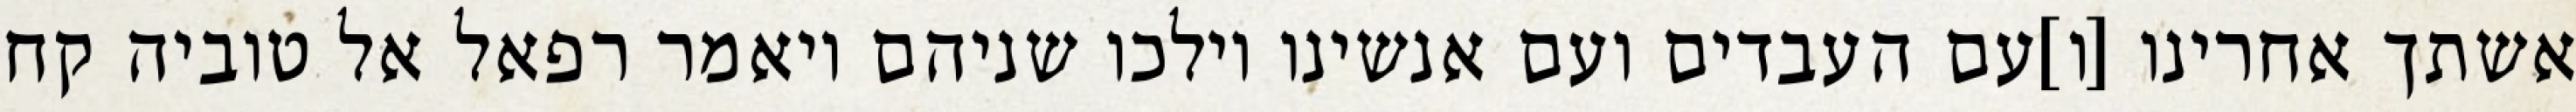
אשתך אחרינו [ו]עם העבדים ועם אנשינו וילכו שניהם ויאמר רפאל אל טוביה קח